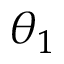
\theta _ { 1 }